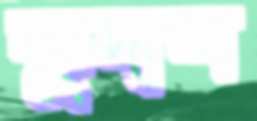
কুদাল